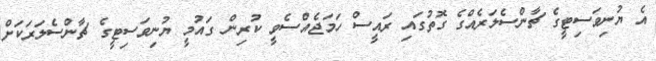
އެ ޔުނިވަސިޓީގެ ޗާންސެލަރެއްގެ ގޮތުގައި ރައީސް ހަމަޖެއްސެވީ ކުރިން ގައުމީ ޔުނިވަސިޓީގެ ޗާންސެލަރަކަށް